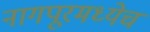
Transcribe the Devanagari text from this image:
नागपूरमध्येच